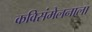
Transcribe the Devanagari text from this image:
कविसंमेलनाला